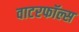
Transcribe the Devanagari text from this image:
वाटरफॉल्स